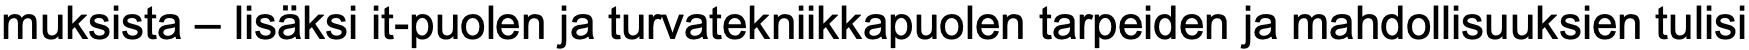
muksista – lisäksi it-puolen ja turvatekniikkapuolen tarpeiden ja mahdollisuuksien tulisi